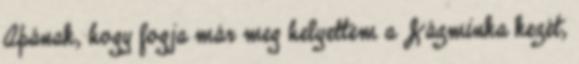
Apának, hogy fogja már meg helyettem a Jázminka kezét,